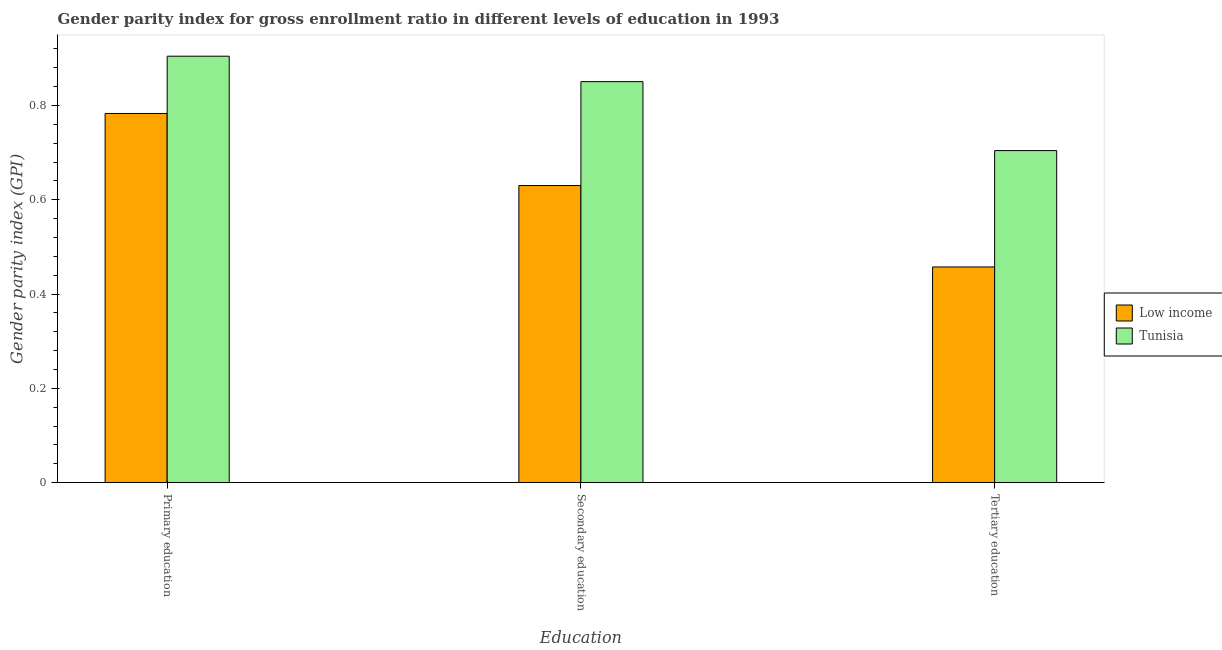
| Education | Low income | Tunisia |
 | --- | --- | --- |
 | Primary education | 0.783 | 0.905 |
 | Secondary education | 0.63 | 0.851 |
 | Tertiary education | 0.457 | 0.704 |